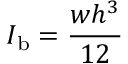
I _ { \mathrm { b } } = \frac { w h ^ { 3 } } { 1 2 }